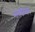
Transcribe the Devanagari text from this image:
सरबेश्‍वर